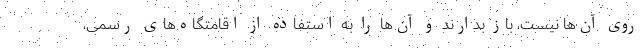
روی آن‌ها نیست، باز بدارند و آن‌ها را به استفاده از اقامتگاه‌های رسمی،